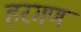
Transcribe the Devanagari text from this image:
हरगण